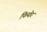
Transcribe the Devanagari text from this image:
फियोर